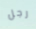
رجل